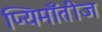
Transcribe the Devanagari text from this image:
प्यिमाँतीज